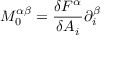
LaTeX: M _ { 0 } ^ { \alpha \beta } = \frac { \delta F ^ { \alpha } } { \delta A _ { i } } \partial _ { i } ^ { \beta }